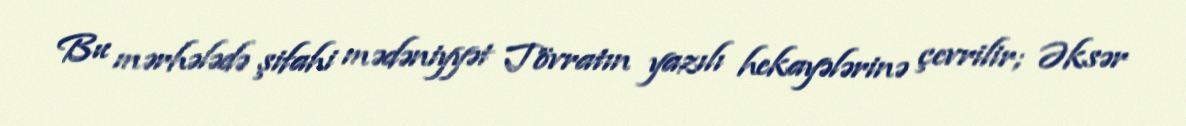
Bu mərhələdə şifahi mədəniyyət Tövratın yazılı hekayələrinə çevrilir; Əksər